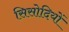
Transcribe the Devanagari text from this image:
सिसोदियों